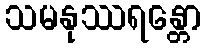
သမနုဿရန္တော